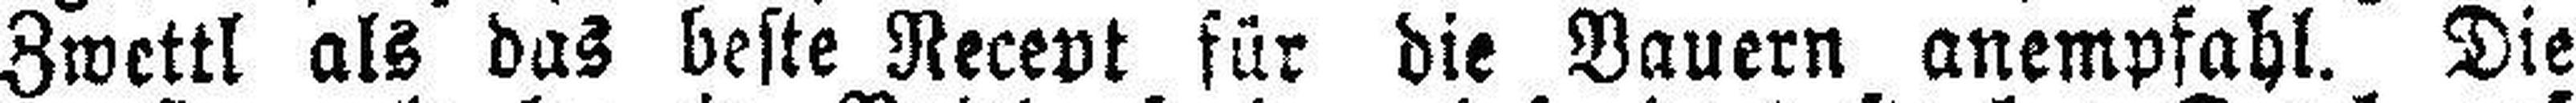
Zwettl als das beste Recept für die Bauern anempfahl. Die